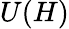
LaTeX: U(H)